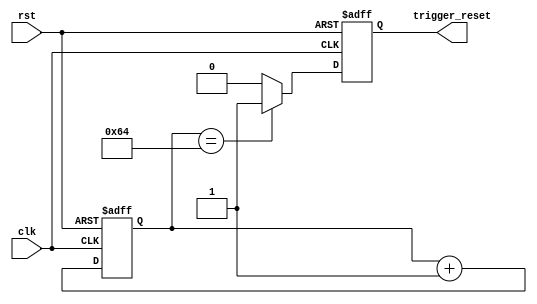
module Watchdog_timer (
    input wire clk,
    input wire rst,
    output reg trigger_reset
);

parameter THRESHOLD = 100; // Set the threshold value here

reg [7:0] counter;
wire counter_equals_threshold;

assign counter_equals_threshold = (counter == THRESHOLD);

always @(posedge clk or posedge rst) begin
    if (rst) begin
        counter <= 8'b0;
        trigger_reset <= 1'b0;
    end else begin
        counter <= counter + 1;
        if (counter_equals_threshold) begin
            trigger_reset <= 1'b1;
        end else begin
            trigger_reset <= 1'b0;
        end
    end
end

endmodule